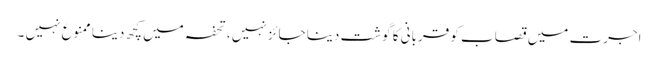
اجرت میں قصاب کو قربانی کا گوشت دینا جائز نہیں ،تحفہ میں کچھ دینا ممنوع نہیں ۔